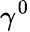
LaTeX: \gamma^{0}